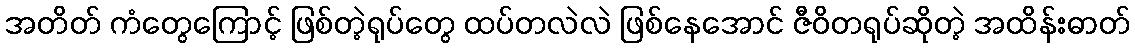
အတိတ် ကံတွေကြောင့် ဖြစ်တဲ့ရုပ်တွေ ထပ်တလဲလဲ ဖြစ်နေအောင် ဇီဝိတရုပ်ဆိုတဲ့ အထိန်းဓာတ်